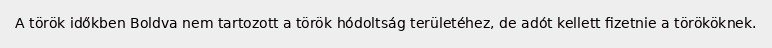
A török időkben Boldva nem tartozott a török hódoltság területéhez, de adót kellett fizetnie a törököknek.